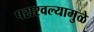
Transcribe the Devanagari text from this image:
पसरवल्यामुळे